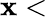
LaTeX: \mathbf{x}<